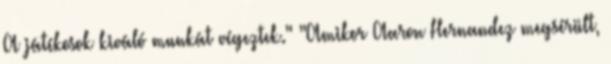
A játékosok kiváló munkát végeztek." "Amikor Aaron Hernandez megsérült,